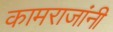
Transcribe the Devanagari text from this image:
कामराजांनी